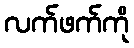
လက်ဖက်ကို